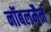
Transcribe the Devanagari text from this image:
नॉबलमैन